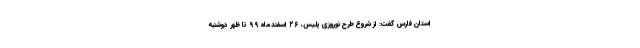
استان فارس گفت: از شروع طرح نوروزی پلیس، ۲۶ اسفندماه ۹۹ تا ظهر دوشنبه